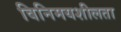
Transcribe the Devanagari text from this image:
विनिमयशीलता